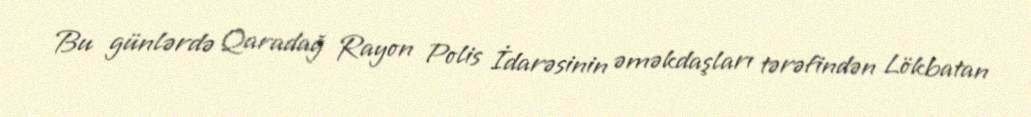
Bu günlərdə Qaradağ Rayon Polis İdarəsinin əməkdaşları tərəfindən Lökbatan